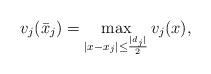
LaTeX: \begin{align*}v_j(\bar x_j)=\max_{|x-x_j|\leq \frac{|d_j|}{2}}v_j(x),\end{align*}